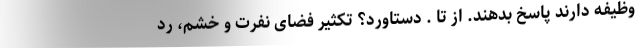
وظیفه دارند پاسخ بدهند. از تا . دستاورد؟ تکثیر فضای نفرت و خشم، رد